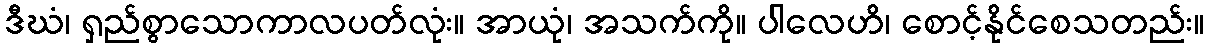
ဒီဃံ၊ ရှည်စွာသောကာလပတ်လုံး။ အာယုံ၊ အသက်ကို။ ပါလေဟိ၊ စောင့်နိုင်စေသတည်း။